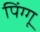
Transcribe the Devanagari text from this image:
पिंग्गू